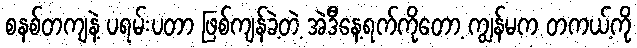
စနစ်တကျနဲ့ ပရမ်းပတာ ဖြစ်ကျန်ခဲ့တဲ့ အဲဒီနေ့ရက်ကိုတော့ ကျွန်မက တကယ့်ကို